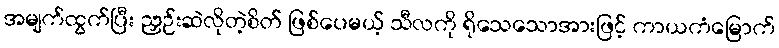
အမျက်ထွက်ပြီး ညှဉ်းဆဲလိုတဲ့စိတ် ဖြစ်ပေမယ့် သီလကို ရိုသေသောအားဖြင့် ကာယကံမြောက်